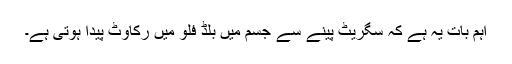
اہم بات یہ ہے کہ سگریٹ پینے سے جسم میں بلڈ فلو میں رکاوٹ پیدا ہوتی ہے۔